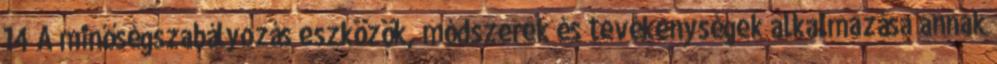
14 A minőségszabályozás eszközök, módszerek és tevékenységek alkalmazása annak